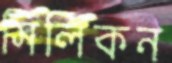
সিলিকন